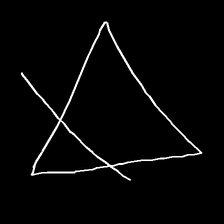
Glyph: empower